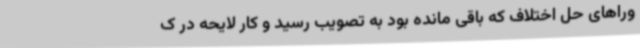
وراهای حل اختلاف که باقی مانده بود به تصویب رسید و کار لایحه در ک